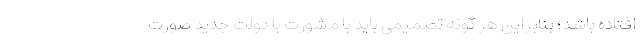
افتاده باشد؛ بنابراین هر گونه تصمیمی باید با مشورت با دولت جدید صورت